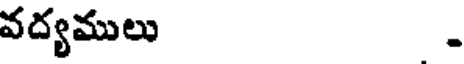
వద్యములు .